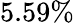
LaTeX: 5.59\%